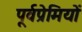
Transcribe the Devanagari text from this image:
पूर्वप्रेमियों